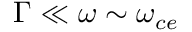
\Gamma \ll \omega \sim \omega _ { c e }